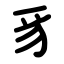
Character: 豸